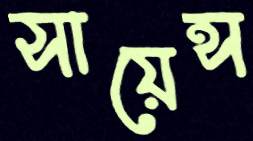
সায়েন্স